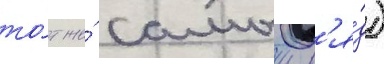
то́т же́ самыи р'я́д)